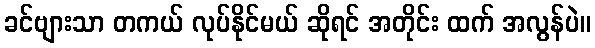
ခင်ဗျားသာ တကယ် လုပ်နိုင်မယ် ဆိုရင် အတိုင်း ထက် အလွန်ပဲ။